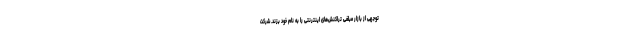
توجهی از بازار مبلغی تراکنش‌های اینترنتی را به نام خود بزند. شرکت